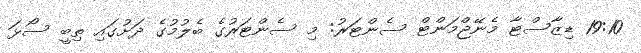
19:10 ޑިޒާސްޓާ މެނޭޖްމަންޓް ސެންޓަަރު: މި ސެންޓަރުގެ ބެލުމުގެ ދަށުގައި ތިބީ ސޯޅަ